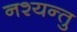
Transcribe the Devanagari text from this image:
नश्यन्तु